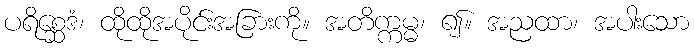
ပရိစ္ဆေဒံ၊ ထိုထိုအပိုင်းအခြားကို။ အတိက္ကမ္မ၊ ၍။ အညထာ၊ အပါးသော